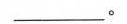
___。